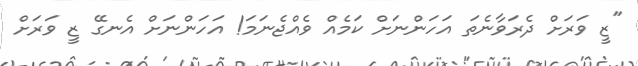
"ޒީ ވަރަށް ދެރަވާނެތަ އަހަންނަށް ކަމެއް ވެއްޖެނަމަ! އަހަންނަށް އެނގޭ ޒީ ވަރަށް